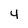
Character: 4